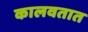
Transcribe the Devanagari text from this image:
कालवतात